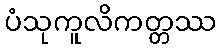
ပံသုကူလိကတ္တဿ